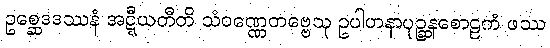
ဥစ္ဆေဒဒဿနံ အဋ္ဋီယတီတိ သံဝဏ္ဏေတဗ္ဗေသု ဥပါဟနာပုဉ္ဆနစောဠကံ ဖဿ